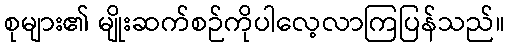
စုများ၏ မျိုးဆက်စဉ်ကိုပါလေ့လာကြပြန်သည်။